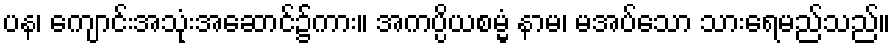
ပန၊ ကျောင်းအသုံးအဆောင်၌ကား။ အကပ္ပိယစမ္မံ နာမ၊ မအပ်သော သားရေမည်သည်။